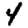
Digit: 4